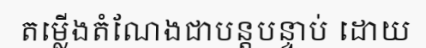
តម្លើងតំណែងជាបន្តបន្ទាប់ ដោយ